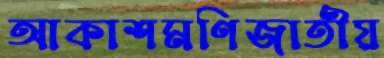
আকাশমণিজাতীয়